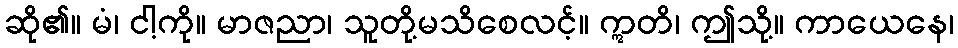
ဆို၏။ မံ၊ ငါ့ကို။ မာဇညာ၊ သူတို့မသိစေလင့်။ ဣတိ၊ ဤသို့။ ကာယေနေ၊